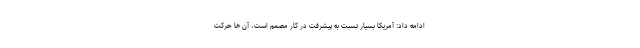
ادامه داد: آمریکا بسیار نسبت به پیشرفت در کار مصمم است، آن ها حرکت